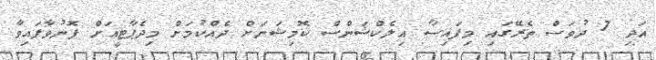
އަދި 7 ދުވަސް ތެރޭގައި މިފައިސާ އިލެކްޝަންސް ކޮމިޝަނަށް ދެއްކުމަށް މިދެޕާޓީއަށް ފޮނުވާފައިވާ